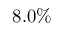
8 . 0 \%